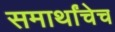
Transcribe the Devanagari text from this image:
समार्थांचेच